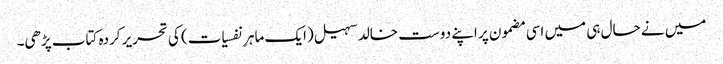
میں نے حال ہی میں اسی مضمون پر اپنے دوست خالد سہیل (ایک ماہرِ نفسیات) کی تحریر کردہ کتاب پڑھی۔